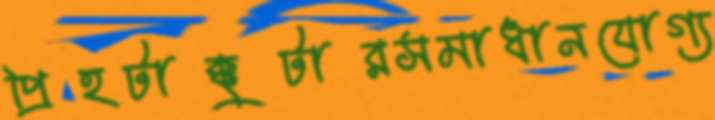
প্রিহটাক্কুটারসমাধানযোগ্য